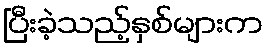
ပြီးခဲ့သည့်နှစ်များက